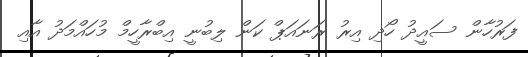
ފަރުހާން ސައީދު ހޯދި އިރު ރަނައަޕް ކަން ލިބުނީ އިބްރާހީމް މުހައްމަދު އާއި